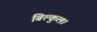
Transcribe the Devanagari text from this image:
बिल्कुल।